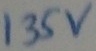
Text: 135v